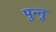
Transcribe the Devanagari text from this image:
पुन्नु